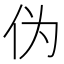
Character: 伪